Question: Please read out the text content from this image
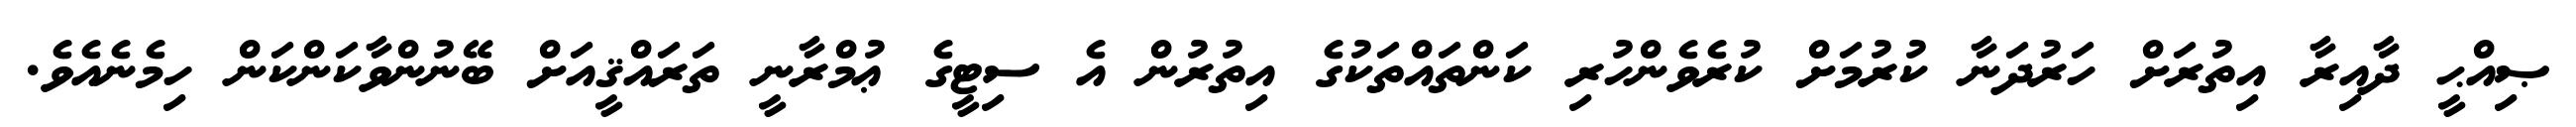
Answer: ޞިއްޙީ ދާއިރާ އިތުރަށް ހަރުދަނާ ކުރުމަށް ކުރެވެންހުރި ކަންތައްތަކުގެ އިތުރުން އެ ސިޓީގެ ޢުމްރާނީ ތަރައްޤީއަށް ބޭނުންވާކަންކަން ހިމެނެއެވެ.